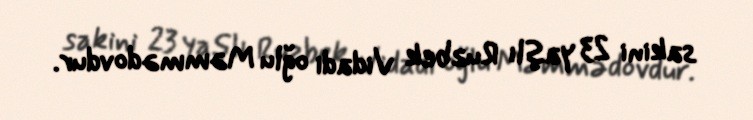
sakini 23 yaşlı Ruzbek Vidadi oğlu Məmmədovdur.